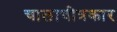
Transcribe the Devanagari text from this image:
चालाचीत्रकार